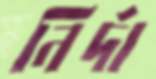
নির্দা